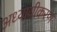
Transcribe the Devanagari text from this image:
अध्यायीकरण